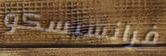
فرانسيسكو